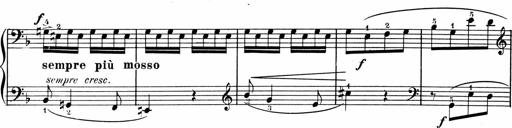
Title: 1Ã¨re Sonatine
Composer: FrÃ©dÃ©ric Binet